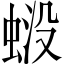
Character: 𧋶